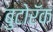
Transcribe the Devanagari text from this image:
बुटोरॅक